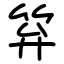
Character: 笲